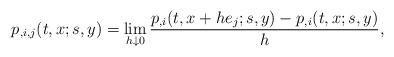
LaTeX: \begin{align*}p_{,i,j}(t,x;s,y)=\lim_{h\downarrow 0}\frac{p_{,i}(t,x+he_j;s,y)-p_{,i}(t,x;s,y)}{h},\end{align*}